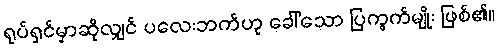
ရုပ်ရှင်မှာဆိုလျှင် ပလေးဘက်ဟု ခေါ်သော ပြကွက်မျိုး ဖြစ်၏။